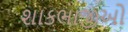
શાકભાજીઓ